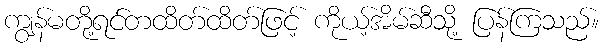
ကျွန်မတို့ရင်တထိတ်ထိတ်ဖြင့် ကိုယ့်အိမ်ဆီသို့ ပြန်ကြသည်။